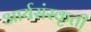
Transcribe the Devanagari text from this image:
आर्यसंस्कृती